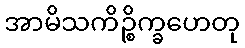
အာမိသကိဉ္စိက္ခဟေတု